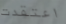
اعتقدت